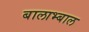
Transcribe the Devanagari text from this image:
बालाभ्बाल